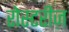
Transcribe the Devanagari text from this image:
रोस्टरीज़